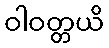
ဝါဝတ္တယိ